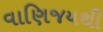
વાણિજયથી